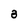
Character: 8